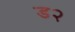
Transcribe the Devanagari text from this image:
ड२